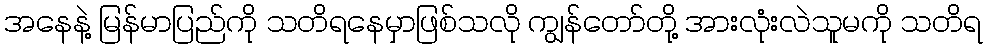
အနေနဲ့ မြန်မာပြည်ကို သတိရနေမှာဖြစ်သလို ကျွန်တော်တို့ အားလုံးလဲသူမကို သတိရ